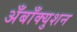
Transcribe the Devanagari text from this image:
अँबाँक्युशन